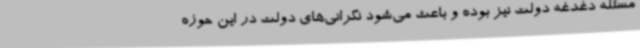
مسئله دغدغه دولت نیز بوده و باعث می‌شود نگرانی‌های دولت در این حوزه